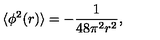
\langle \phi ^ { 2 } ( r ) \rangle = - \frac { 1 } { 4 8 \pi ^ { 2 } r ^ { 2 } } ,